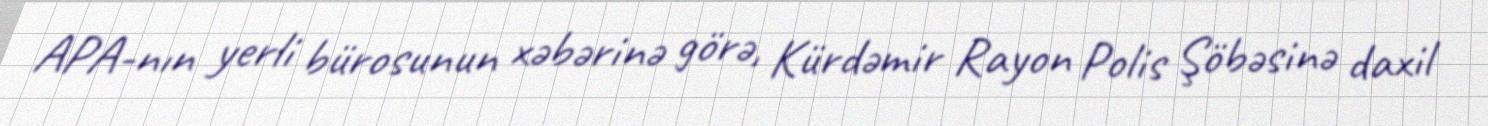
APA-nın yerli bürosunun xəbərinə görə, Kürdəmir Rayon Polis Şöbəsinə daxil